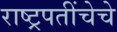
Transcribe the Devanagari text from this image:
राष्ट्रपतींचेचे